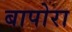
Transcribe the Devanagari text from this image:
बापोरा